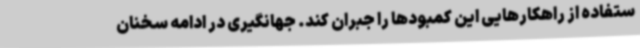
ستفاده از راهکارهایی این کمبودها را جبران کند. جهانگیری در ادامه سخنان